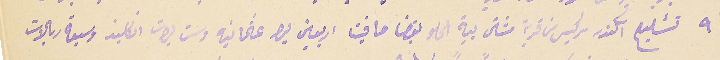
٩ تشليح اسكتدر سركيس من قرية مشتى بية الحلو بقضا صافيتا اربعين ليره عثمانيه وست ليرات انكليز وسبعة ربالات